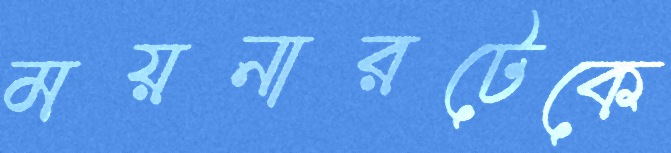
ময়নারটেকে